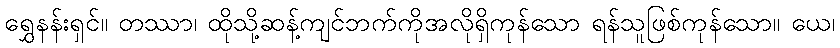
ရွှေနန်းရှင်။ တဿာ၊ ထိုသို့ဆန့်ကျင်ဘက်ကိုအလိုရှိကုန်သော ရန်သူဖြစ်ကုန်သော။ ယေ၊